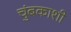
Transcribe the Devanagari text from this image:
चुंबकाशी